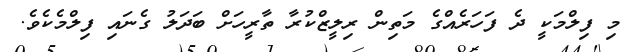
މި ފިލްމަކީ ދެ ފަހަރެއްގެ މަތިން ރިލީޒްކުރާ ތާރީހަށް ބަދަލު ގެނައި ފިލްމެކެވެ.